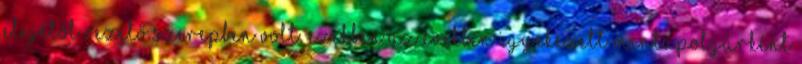
elejétől vezető szerepben volt. Ezekben az években igyekezett mintapolgárként